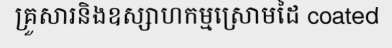
គ្រួសារនិងឧស្សាហកម្មស្រោមដៃ coated